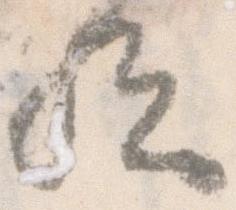
歟